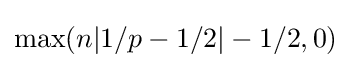
\max(n|1/p-1/2|-1/2,0)